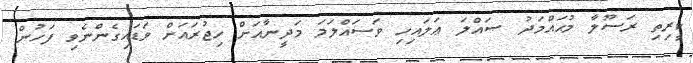
ކީރިތި ރަސޫލާ މުޙައްމަދު ޞައްލަ ޢަލައިހި ވަސައްލަމަ މަދީނާއަށް ހިޖުރައަށް ވަޑައިގެންނެވި ފަހުން